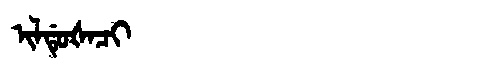
Manchu: ᡳᠯᡩᡠᡧᠠᠴᡳ
Romanization: ILDUŠACI